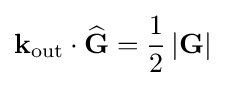
{{\mathbf {k} }_{\text{out}}}\cdot {\widehat {\mathbf {G} }}={\frac {1}{2}}\left|\mathbf {G} \right|